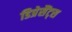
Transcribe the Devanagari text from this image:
डिप्रेसैंट्स